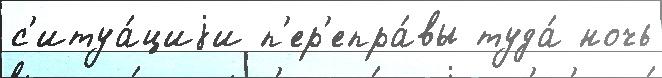
с'итуа́циjи п'ер'епра́вы туда́ ночь